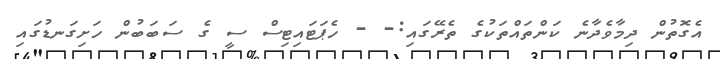
އެގޮތުން ދިމާވެދާނެ ކަންތައްތަކުގެ ތެރޭގައި:- - ހެޕަޓައިޓިސް ސީ ގެ ސަބަބުން ހަށިގަނޑުގައި